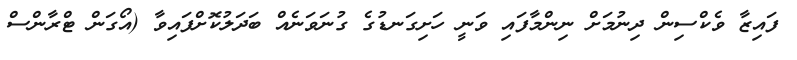
ފައިޒާ ވެކްސިން ދިނުމަށް ނިންމާފައި ވަނީ ހަށިގަނޑުގެ ގުނަވަނެއް ބަދަލުކޮށްފައިވާ (އޯގަން ޓްރާންސް